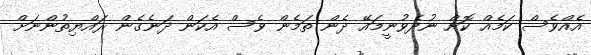
އެއްވެސް ކަމެއް ކޮށް ނުދެވުނީމައޭ ދެން ތަމެން ވެސް އެކަން ދަނެގެން ރައްޔިތުންނަށް